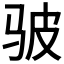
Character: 𫘟